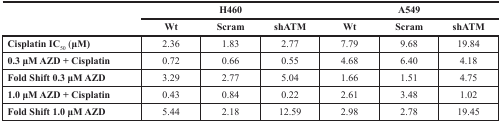
<table><thead><tr><td rowspan="2"></td><td colspan="3"><b>H460</b></td><td colspan="3"><b>A549</b></td></tr><tr><td><b>Wt</b></td><td><b>Scram</b></td><td><b>shATM</b></td><td><b>Wt</b></td><td><b>Scram</b></td><td><b>shATM</b></td></tr></thead><tbody><tr><td><b>Cisplatin IC<sub>50</sub> (μM)</b></td><td>2.36</td><td>1.83</td><td>2.77</td><td>7.79</td><td>9.68</td><td>19.84</td></tr><tr><td><b>0.3 μM AZD + Cisplatin</b></td><td>0.72</td><td>0.66</td><td>0.55</td><td>4.68</td><td>6.40</td><td>4.18</td></tr><tr><td><b>Fold Shift 0.3 μM AZD</b></td><td>3.29</td><td>2.77</td><td>5.04</td><td>1.66</td><td>1.51</td><td>4.75</td></tr><tr><td><b>1.0 μM AZD + Cisplatin</b></td><td>0.43</td><td>0.84</td><td>0.22</td><td>2.61</td><td>3.48</td><td>1.02</td></tr><tr><td><b>Fold Shift 1.0 μM AZD</b></td><td>5.44</td><td>2.18</td><td>12.59</td><td>2.98</td><td>2.78</td><td>19.45</td></tr></tbody></table>